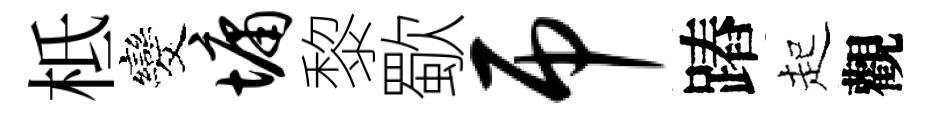
柢发墉黎歜吊蹖起觀